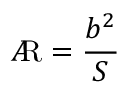
A \! \! { \mathrm { R } } = { \frac { b ^ { 2 } } { S } }